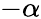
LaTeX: -\alpha